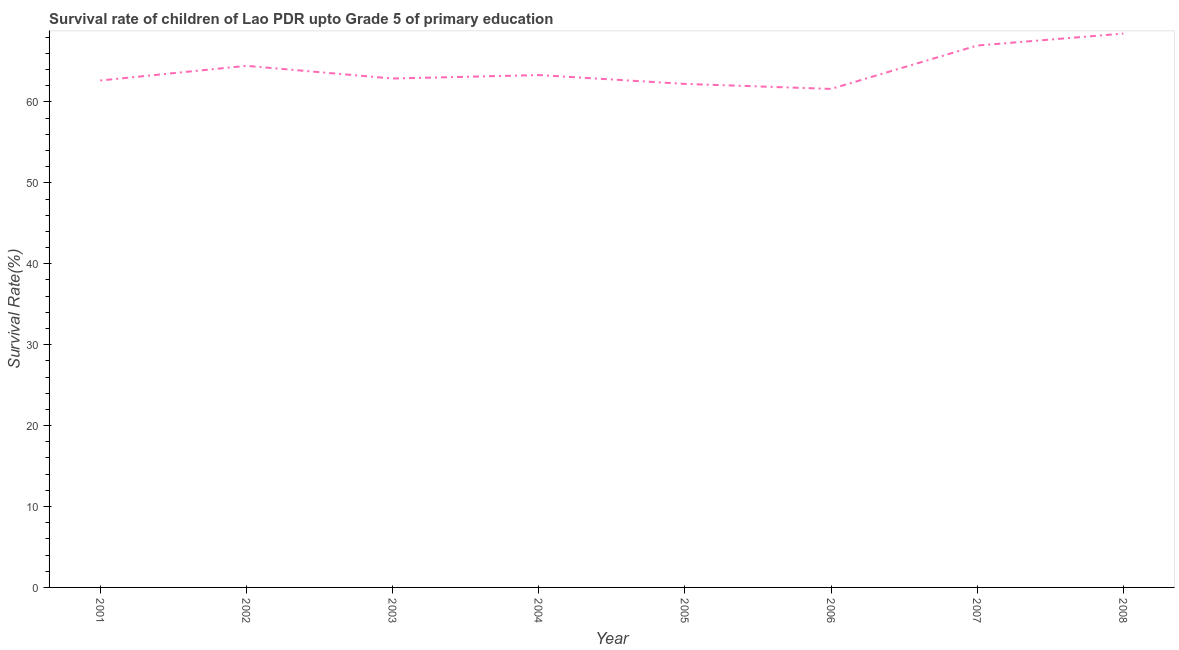
| Year | Survival rate |
 | --- | --- |
 | 2001 | 62.7 |
 | 2002 | 64.5 |
 | 2003 | 62.9 |
 | 2004 | 63.3 |
 | 2005 | 62.2 |
 | 2006 | 61.6 |
 | 2007 | 67 |
 | 2008 | 68.5 |